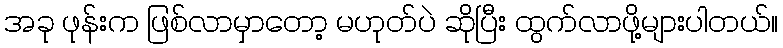
အခု ဖုန်းက ဖြစ်လာမှာတော့ မဟုတ်ပဲ ဆိုပြီး ထွက်လာဖို့များပါတယ်။